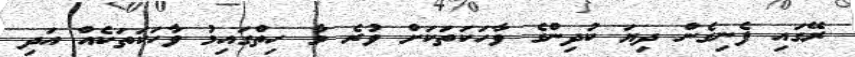
ރޭގައި ފެނިގެން ދިޔަ ކުދިންގެ ވާހަކަތަކަށް ވުރެ މާ ހިތްގައިމު ވާހަކަތަކެއް އަދި